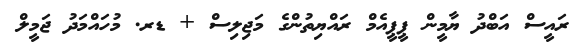
ރައީސް އަބްދު ޔާމީން ޕީޕީއެމް ރައްޔިތުންގެ މަޖިލިސް + ޑރ. މުހައްމަދު ޖަމީލް